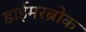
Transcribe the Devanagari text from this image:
डाईमरब्रोक